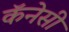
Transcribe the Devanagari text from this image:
कॅनेसी